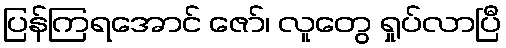
ပြန်ကြရအောင် ဇော်၊ လူတွေ ရှုပ်လာပြီ